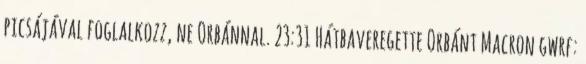
picsájával foglalkozz, ne Orbánnal. 23:31 Hátbaveregette Orbánt Macron gwrf: